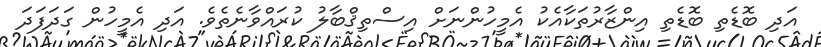
އަދި ބޮޑެތި ބޮޑެތި އިންޒާރުތަކާއެކު އެމީހުންނަށް އިސްތިޤްބާލު ކުރައްވާނެތެވެ. އަދި އެމީހުން ގަދަފަދަ